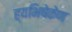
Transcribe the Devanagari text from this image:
ह्यभिषेकेण